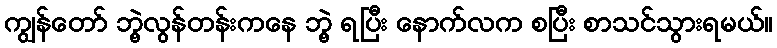
ကျွန်တော် ဘွဲ့လွန်တန်းကနေ ဘွဲ့ ရပြီး နောက်လက စပြီး စာသင်သွားရမယ်။